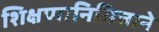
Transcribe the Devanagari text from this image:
शिक्षणानिमित्ताने